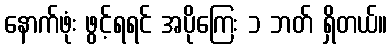
နောက်ဖုံး ဖွင့်ရရင် အပိုကြေး ၁ ဘတ် ရှိတယ်။